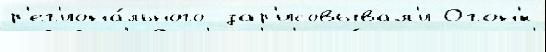
р'ег'иона́льного  зар'исовывал'и Огон'́к